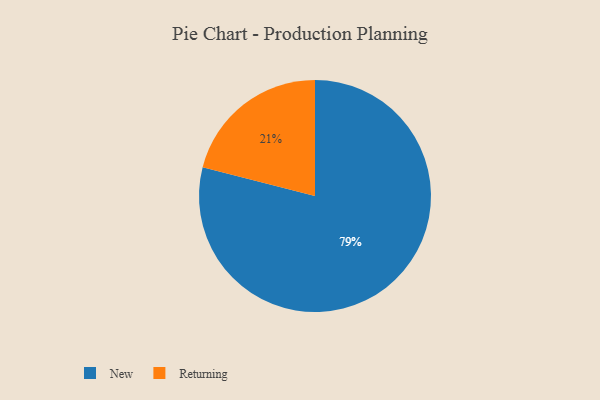
{"axis": {"x": "Category", "y": "Percentage"}, "legend": ["New", "Returning"], "data": [{"x": "Returning", "y": 21, "type": "Returning"}, {"x": "New", "y": 79, "type": "New"}]}